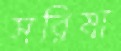
সরিষা